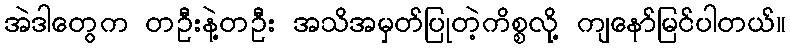
အဲဒါတွေက တဦးနဲ့တဦး အသိအမှတ်ပြုတဲ့ကိစ္စလို့ ကျနော်မြင်ပါတယ်။